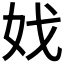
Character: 𡛏